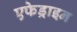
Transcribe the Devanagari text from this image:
एफेड्राइन